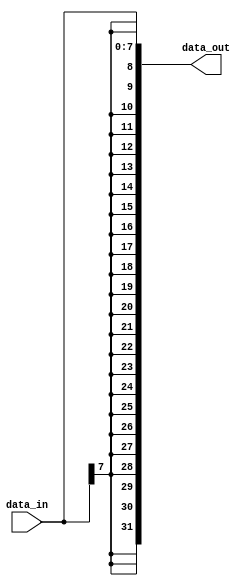
`timescale 1ns / 1ps
//////////////////////////////////////////////////////////////////////////////////
// Company: 
// Engineer: 
// 
// Design Name: 
// Module Name: S_Ext8
// Project Name: 
// Target Devices: 
// Tool Versions: 
// Description: 
// 
// Dependencies: 
// 
// Revision:
// Revision 0.01 - File Created
// Additional Comments:
// 
//////////////////////////////////////////////////////////////////////////////////

module S_Ext8(
    input [7:0]data_in,
    output [31:0]data_out
    );
    assign data_out={{24{data_in[7]}},data_in};
endmodule